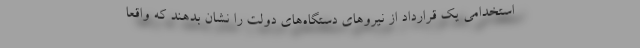
استخدامی یک قرارداد از نیروهای دستگاه‌های دولت را نشان بدهند که واقعاً